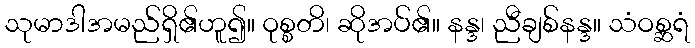
သုမာဒါအမည်ရှိ၏ဟူ၍။ ဝုစ္စတိ၊ ဆိုအပ်၏။ နန္ဒ၊ ညီချစ်နန္ဒ။ သံဝစ္ဆရံ